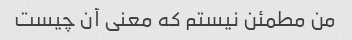
من مطمئن نیستم که معنی آن چیست